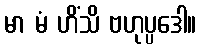
မာ မံ ဟိံသိ ဗဟုပ္ပဒေါ။